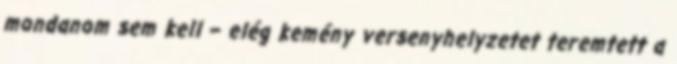
mondanom sem kell – elég kemény versenyhelyzetet teremtett a